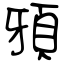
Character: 䪵